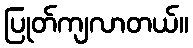
ပြုတ်ကျလာတယ်။